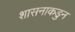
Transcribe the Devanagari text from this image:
शासनाकडुन